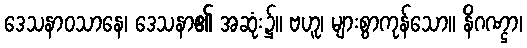
ဒေသနာဝသာနေ၊ ဒေသနာ၏ အဆုံး၌။ ဗဟူ၊ များစွာကုန်သော။ နိဂဏ္ဌာ၊